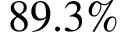
8 9 . 3 \%